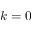
k = 0